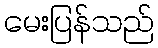
မေးပြန်သည်